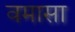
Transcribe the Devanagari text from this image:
वमासा